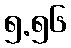
၅.၅၆